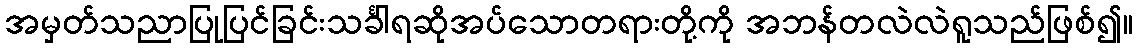
အမှတ်သညာပြုပြင်ခြင်းသင်္ခါရဆိုအပ်သောတရားတို့ကို အဘန်တလဲလဲရူသည်ဖြစ်၍။